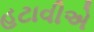
હટાવીએ